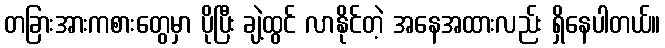
တခြားအားကစားတွေမှာ ပိုပြီး ချဲ့ထွင် လာနိုင်တဲ့ အနေအထားလည်း ရှိနေပါတယ်။